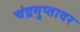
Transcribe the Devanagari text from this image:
चंद्रगुप्तावर